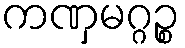
ကဏှမဂ္ဂဉ္စ